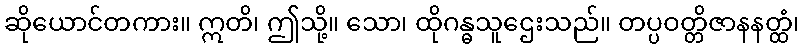
ဆိုယောင်တကား။ ဣတိ၊ ဤသို့။ သော၊ ထိုဂန္ဓသူဌေးသည်။ တပ္ပဝတ္တိဇာနနတ္ထံ၊